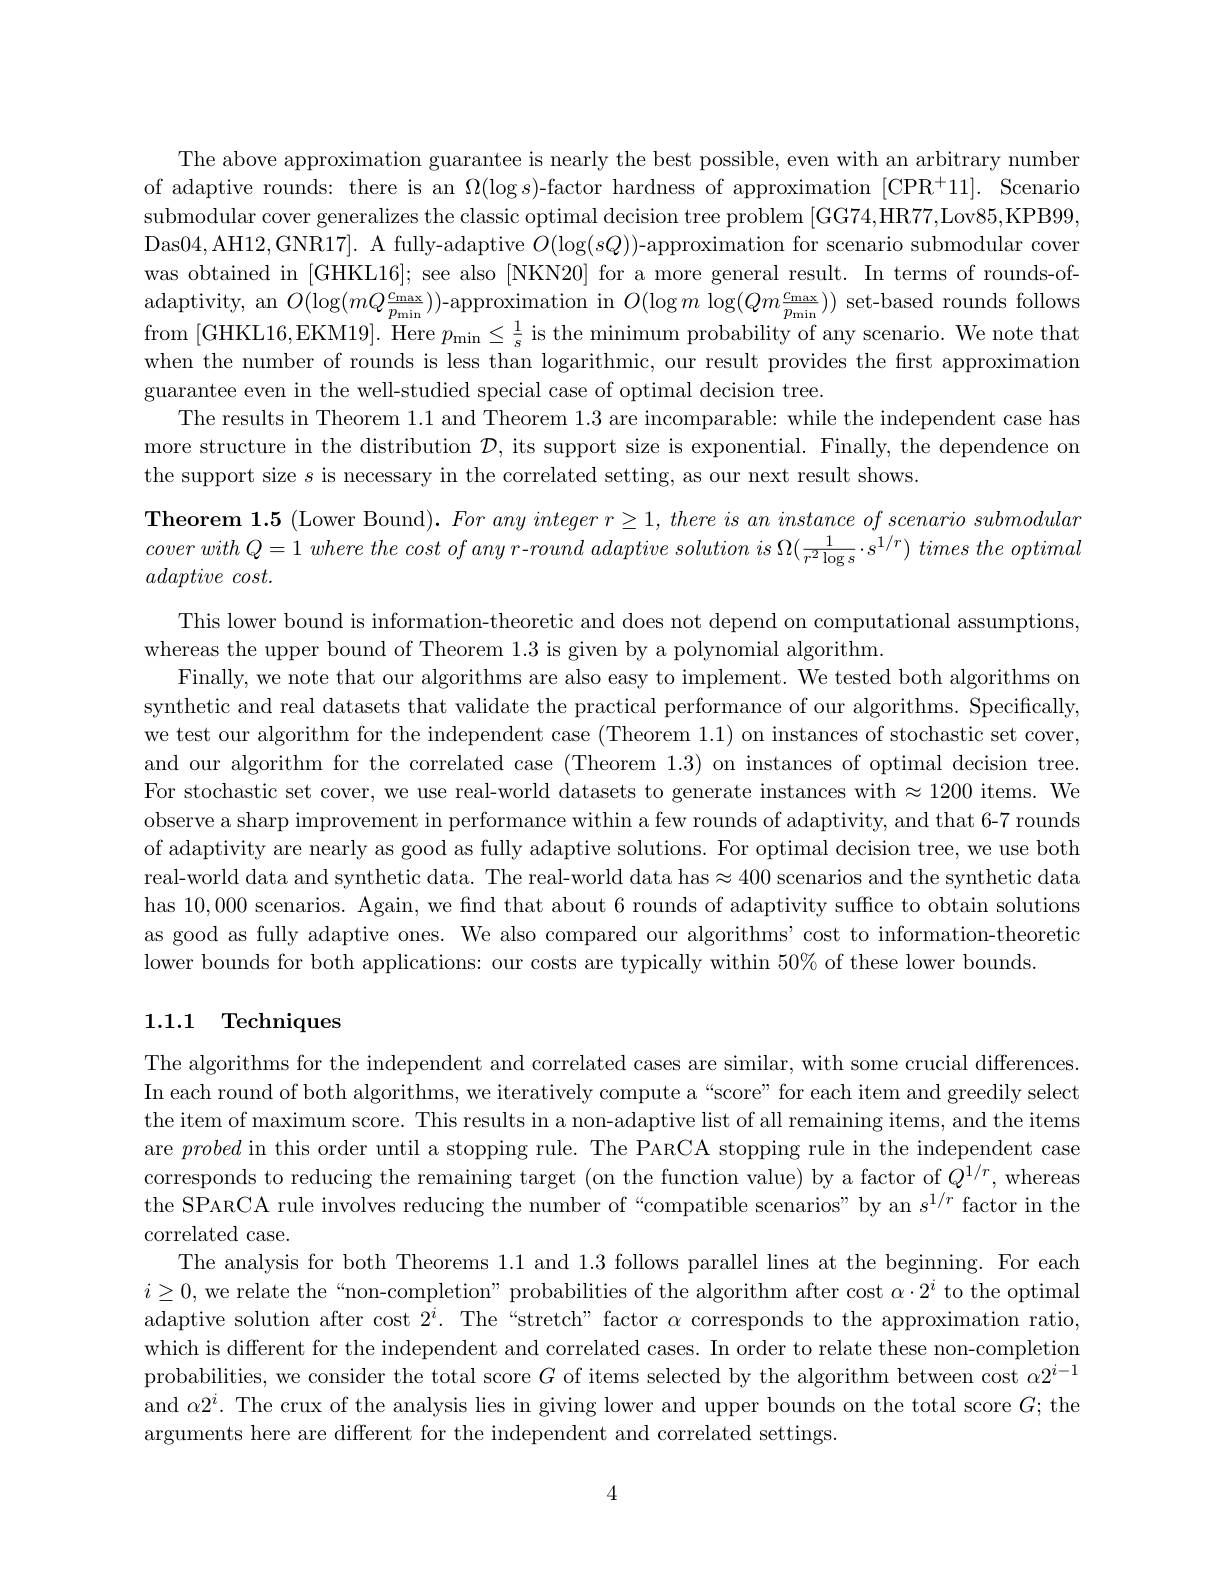
The above approximation guarantee is nearly the best possible, even with an arbitrary number of adaptive rounds: there is an $\Omega(\log s)$-factor hardness of approximation [CPR+11]. Scenario submodular cover generalizes the classic optimal decision tree problem [GG74,HR77,Lov85,KPB99, Das04,AH12,GNR17]. A fully-adaptive $O(\log(sQ))$-approximation for scenario submodular cover was obtained in [GHKL16]; see also [NKN20] for a more general result. In terms of rounds-ofadaptivity, an $O(\log(mQ\frac{\mathrm{C}_{\mathrm{max}}}{p_{\mathrm{min}}}))$-approximation in $O(\log m\log(Qm\frac{\mathrm{c}_{\mathrm{max}}}{p_{\mathrm{min}}}))$ set-based rounds follows from [GHKL16,EKM19]. Here $p_\mathrm{min}\leq\frac1s$ is the minimum probability of any scenario. We note that when the number of rounds is less than logarithmic, our result provides the first approximation guarantee even in the well-studied special case of optimal decision tree.
The results in Theorem 1.1 and Theorem 1.3 are incomparable: while the independent case has more structure in the distribution $\mathcal{D}$, its support size is exponential. Finally, the dependence on the support size $s$ is necessary in the correlated setting, as our next result shows.

Theorem 1.5 (Lower Bound). $Foranyintegerr\geq1,thereisaninstanceofscenariosubmodular$ cover with $Q= 1$ where the cost $of$ any $r- round$ adaptive solution $is$ $\Omega ( \frac 1{r^{2}\log s}\cdot s^{1/ r})$ times the optimal adaptive $cost.$
This lower bound is information-theoretic and does not depend on computational assumptions
whereas the upper bound of Theorem 1.3 is given by a polynomial algorithm.
Finally, we note that our algorithms are also easy to implement. We tested both algorithms on synthetic and real datasets that validate the practical performance of our algorithms. Specifically, we test our algorithm for the independent case (Theorem 1.1) on instances of stochastic set cover, and our algorithm for the correlated case (Theorem 1.3) on instances of optimal decision tree. For stochastic set cover, we use real-world datasets to generate instances with$\approx1200$ items. We observe a sharp improvement in performance within a few rounds of adaptivity, and that 6-7 rounds of adaptivity are nearly as good as fully adaptive solutions. For optimal decision tree, we use both real-world data and synthetic data. The real-world data has$\approx400$ scenarios and the synthetic data has 10,000 scenarios. Again, we find that about 6 rounds of adaptivity suffice to obtain solutions as good as fully adaptive ones. We also compared our algorithms'cost to information-theoretic lower bounds for both applications: our costs are typically within 50% of these lower bounds
1.1.1 Techniques

The algorithms for the independent and correlated cases are similar, with some crucial differences. In each round of both algorithms, we iteratively compute a “score” for each item and greedily select the item of maximum score. This results in a non-adaptive list of all remaining items, and the items are probed in this order until a stopping rule. The PARCA stopping rule in the independent case corresponds to reducing the remaining target (on the function value) by a factor of $Q^{1/r}$, whereas the SPARCA rule involves reducing the number of “compatible scenarios” by an $s^{1/r}$ factor in the correlated case.
The analysis for both Theorems 1.1 and 1.3 follows parallel lines at the beginning. For each $i\geq0$, we relate the“non-completion” probabilities of the algorithm after cost $\alpha\cdot2^i$ to the optimal adaptive solution after cost $2^i.$ The “stretch” factor $\alpha$ corresponds to the approximation ratio, which is different for the independent and correlated cases. In order to relate these non-completion probabilities, we consider the total score $G$ of items selected by the algorithm between cost $\alpha2^i-1$ and $\alpha2^i.$ The crux of the analysis lies in giving lower and upper bounds on the total score $G;$ the arguments here are different for the independent and correlated settings.

4